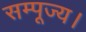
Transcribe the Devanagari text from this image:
सम्पूज्य।